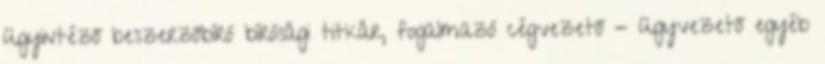
ügyintéző beszerzőbíró bírósági titkár, fogalmazó cégvezető - ügyvezető egyéb